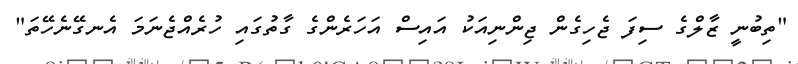
"ތިބުނީ ޒާލްގެ ސިފަ ޖެހިގެން ޖިންނިއަކު އައިސް އަހަރެންގެ ގާތުގައި ހުރެއްޖެނަމަ އެނގޭނެހޭތަ"